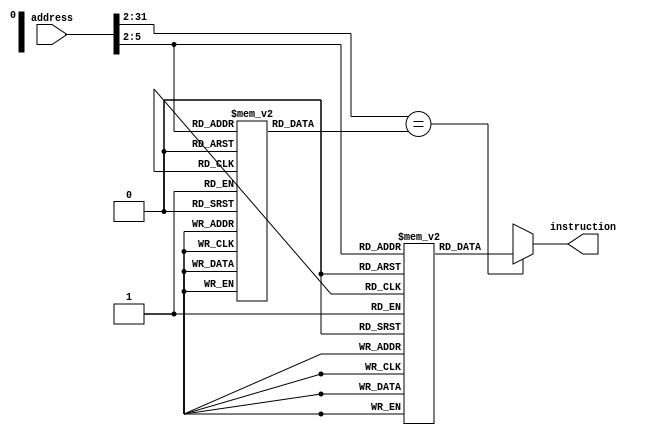
module Instruction_Memory(
input[31:0] address,
output reg[31:0] instruction
);

reg missFlag;

reg[29:0] setAddress[0:15];
reg[31:0] setData[0:15];

wire[29:0] blockAddress = address[31:2]; //tag and index
wire[3:0] setID = blockAddress[3:0];

always @(address, blockAddress, setID) begin : search
	if(blockAddress == setAddress[setID]) begin
		instruction = setData[setID];
	end
	else begin
		missFlag = 1;
		instruction = 32'bx;
	end
end //always

initial begin
	setAddress[0] = 32'h00000040; setData[0] = 32'hF8400281; //LDUR X1, [X20, #0]
	setAddress[1] = 32'h00000041; setData[1] = 32'h8B010022; //ADD X2, X1, X1
	setAddress[2] = 32'h00000042; setData[2] = 32'hD1000333; //SUBI X19, X25, #0
	setAddress[3] = 32'h00000043; setData[3] = 32'hB40000E3; //CBZ X3
	setAddress[4] = 32'h00000044; setData[4] = 32'h91002294; //ADDI X20, X20, #8
	setAddress[5] = 32'h00000045; setData[5] = 32'hF81F4281; //STUR X1, [X20, #-12]
	setAddress[6] = 32'h00000046; setData[6] = 32'hD2800143; //MOVZ X3, #10
	setAddress[7] = 32'h00000047; setData[7] = 32'h8B030333; //AND X19, X25, X3
	setAddress[8] = 32'h00000048; setData[8] = 32'hAA030333; //ORR X19, X25, X3
	setAddress[9] = 32'h00000049; setData[9] = 32'hEA030333; //EOR X19, X25, X3
	setAddress[10] = 32'h0000004A; setData[10] = 32'h17FFFFFA; //B -6
	setAddress[11] = 32'h0000004B; setData[11] = 32'h04040404;
	setAddress[12] = 32'h0000004C; setData[12] = 32'h06060606;
	setAddress[13] = 32'h0000004D; setData[13] = 32'h05050505; 	
	setAddress[14] = 32'h0000004E; setData[14] = 32'h07070707;
	setAddress[15] = 32'h0000004F; setData[15] = 32'h01234567;
end

endmodule